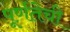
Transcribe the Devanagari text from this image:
पूर्णतेची